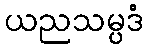
ယညသမ္ပဒံ